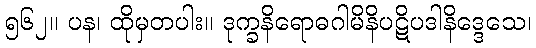
၅၆၂။ ပန၊ ထိုမှတပါး။ ဒုက္ခနိရောဓဂါမိနိပဋိပဒါနိဒ္ဒေသေ၊